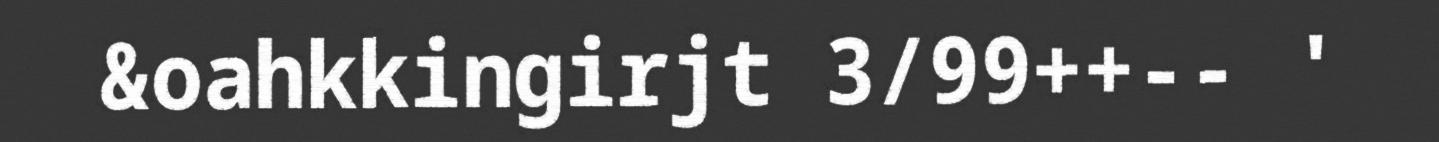
&oahkkingirjt 3/99++-- '